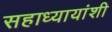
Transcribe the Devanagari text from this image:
सहाध्यायांशी